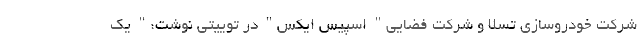
شرکت خودروسازی تسلا و شرکت فضایی" اسپیس ایکس" در توییتی نوشت:" یک